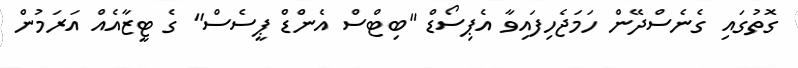
ގޮތުގައި ގެނެސްދޭން ހަމަޖެހިފައިވާ އެޕިސޯޑް "ބިޓްސް އެންޑް ޕީސެސް" ގެ ޓީޒާއެއް އަރަމުން